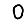
Digit: 0